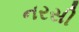
નરસી